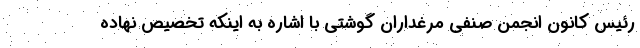
رئیس کانون انجمن صنفی مرغداران گوشتی با اشاره به اینکه تخصیص نهاده